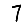
Digit: 7